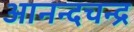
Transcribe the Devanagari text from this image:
आनन्दचन्द्र